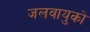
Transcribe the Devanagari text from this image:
जलवायुको